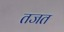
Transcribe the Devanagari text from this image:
तजत